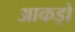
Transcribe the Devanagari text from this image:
आकड़ो